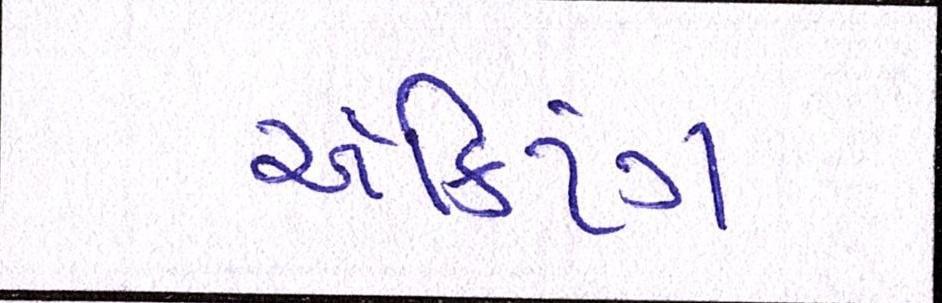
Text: ઍક્ટિંગ